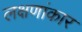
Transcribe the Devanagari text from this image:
लक्षणांकार